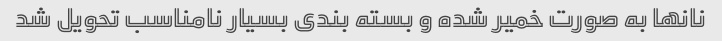
نانها به صورت خمیر شده و بسته بندی بسیار نامناسب تحویل شد